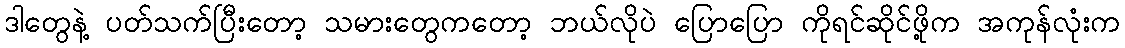
ဒါတွေနဲ့ ပတ်သက်ပြီးတော့ သမားတွေကတော့ ဘယ်လိုပဲ ပြောပြော ကိုရင်ဆိုင်ဖို့က အကုန်လုံးက